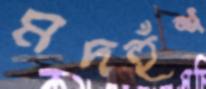
মদহুঁশ